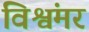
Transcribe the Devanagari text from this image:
विश्वंमर